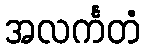
အလင်္ကတံ